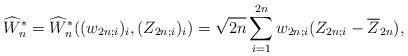
\begin{align*} \widehat{W}_n^* = \widehat{W}_n^*((w_{2n;i})_i,(Z_{2n;i})_i) = \sqrt{2n} \sum_{i=1}^{2n} w_{2n;i} (Z_{2n;i} - \overline{Z}_{2n}),\end{align*}